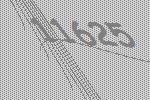
11625